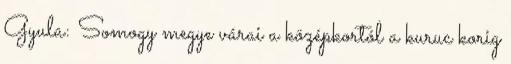
Gyula: Somogy megye várai a középkortól a kuruc korig